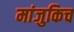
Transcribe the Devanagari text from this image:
मांजुकिच